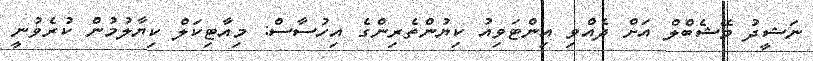
ނަޝީދު މޭޝެބްލް އަށް ދެއްވި އިންޓަވިއު ކިޔުންތެރިންގެ އިހުސާސް: މިއާޓިކަލް ކިޔާލުމުން ކުރެވުނީ